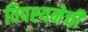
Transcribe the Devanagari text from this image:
विपश्यनेची